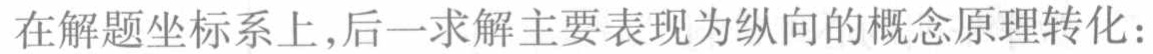
在解题坐标系上,后一求解主要表现为纵向的概念原理转化: